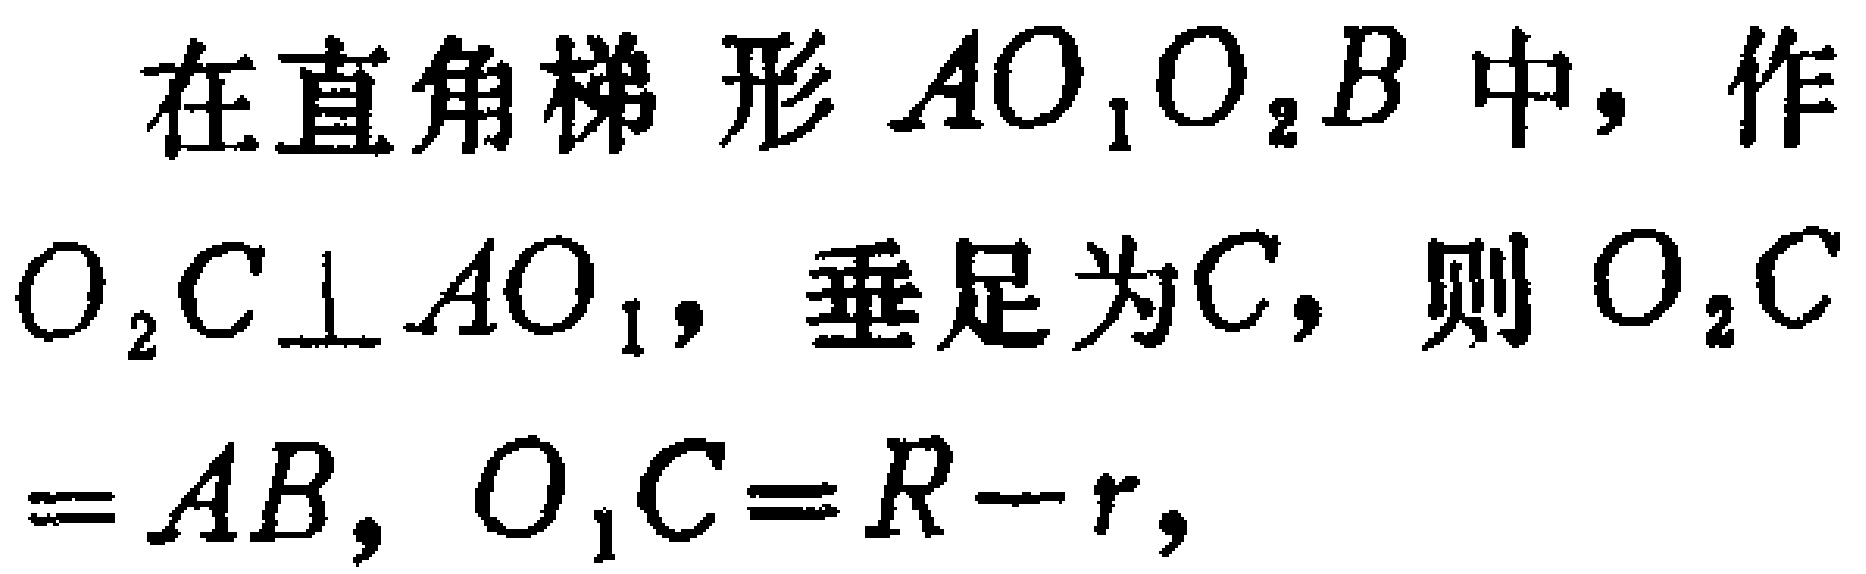
在直角梯形 \(AO_{1}O_{2}B\) 中，作 \(O_{2}C\perp AO_{1}\)，垂足为\(C\)，则 \(O_{2}C = AB\)，\(O_{1}C = R - r\)，